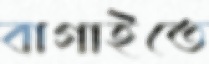
বাগাইতে